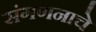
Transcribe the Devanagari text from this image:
संगणनाचे